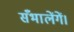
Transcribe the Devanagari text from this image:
सँभालेंगें।